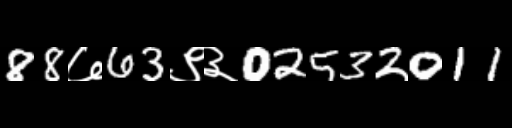
Text: 88७63९३02532011